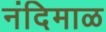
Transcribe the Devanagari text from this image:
नंदिमाळ